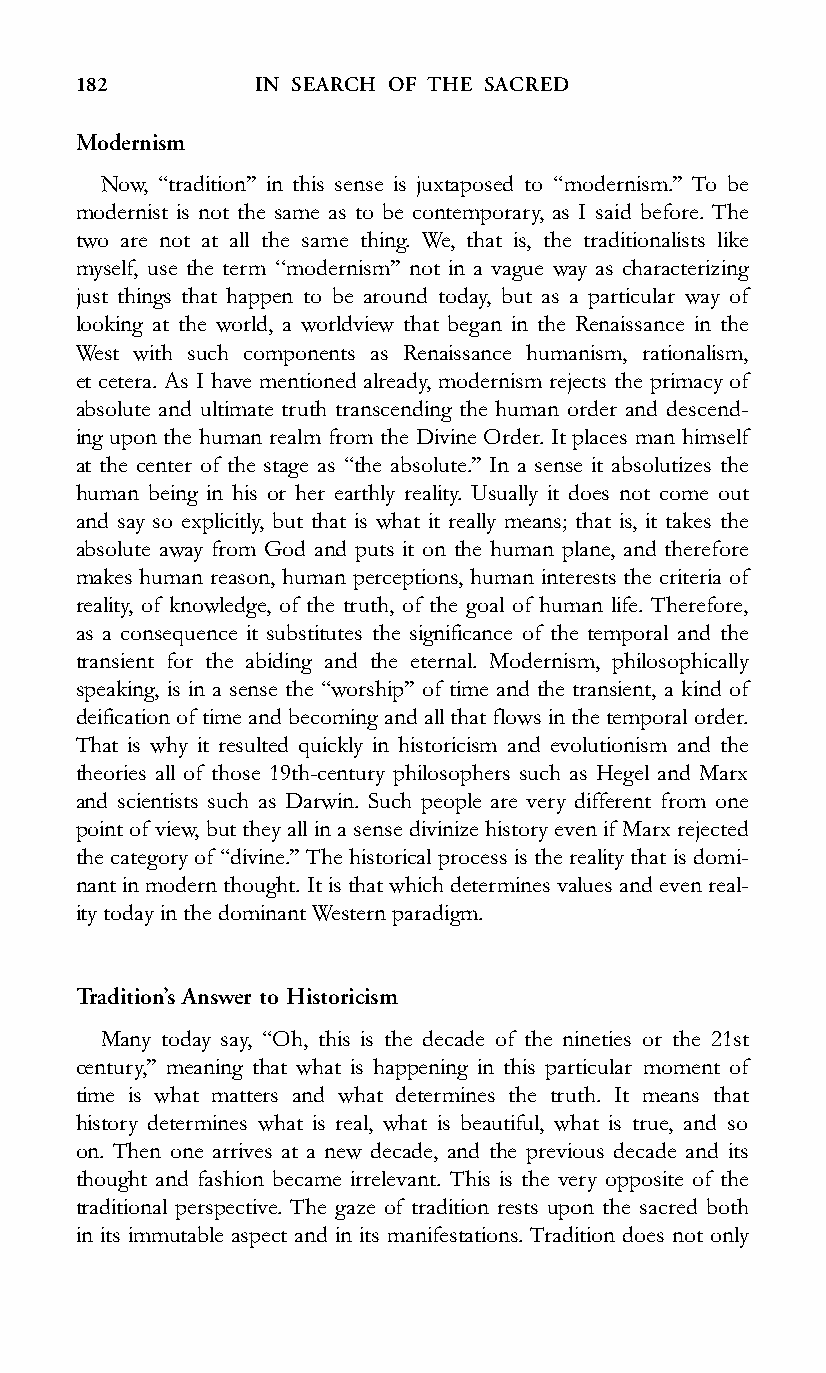
182         IN SEARCH OF THE SACRED
 Modernism
 Now, ‘‘tradition’’ in this sense is juxtaposed to ‘‘modernism.’’ To be
 modernist is not the same as to be contemporary, as I said before. The
 two are not at all the same thing. We, that is, the traditionalists like
 myself, use the term ‘‘modernism’’ not in a vague way as characterizing
 just things that happen to be around today, but as a particular way of
 looking at the world, a worldview that began in the Renaissance in the
 West with such components as Renaissance humanism, rationalism,
 et cetera. As I have mentioned already, modernism rejects the primacy of
 absolute and ultimate truth transcending the human order and descend-
 ing upon the human realm from the Divine Order. It places man himself
 at the center of the stage as ‘‘the absolute.’’ In a sense it absolutizes the
 human being in his or her earthly reality. Usually it does not come out
 and say so explicitly, but that is what it really means; that is, it takes the
 absolute away from God and puts it on the human plane, and therefore
 makes human reason, human perceptions, human interests the criteria of
 reality, of knowledge, of the truth, of the goal of human life. Therefore,
 as a consequence it substitutes the significance of the temporal and the
 transient for the abiding and the eternal. Modernism, philosophically
 speaking, is in a sense the ‘‘worship’’ of time and the transient, a kind of
 deification of time and becoming and all that flows in the temporal order.
 That is why it resulted quickly in historicism and evolutionism and the
 theories all of those 19th-century philosophers such as Hegel and Marx
 and scientists such as Darwin. Such people are very different from one
 point of view, but they all in a sense divinize history even if Marx rejected
 the category of ‘‘divine.’’ The historical process is the reality that is domi-
 nant in modern thought. It is that whichdetermines values and even real-
 ity today in the dominant Western paradigm.
 Tradition’s Answer to Historicism
 Many today say, ‘‘Oh, this is the decade of the nineties or the 21st
 century,’’ meaning that what is happening in this particular moment of
 time is what matters and what determines the truth. It means that
 history determines what is real, what is beautiful, what is true, and so
 on. Then one arrives at a new decade, and the previous decade and its
 thought and fashion became irrelevant. This is the very opposite of the
 traditional perspective. The gaze of tradition rests upon the sacred both
 in its immutable aspect and in its manifestations. Tradition does not only